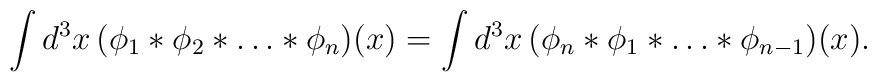
\int d^3x\,(\phi_1*\phi_2*\ldots*\phi_n)(x)= \int d^3x\,(\phi_n*\phi_1*\ldots*\phi_{n-1})(x).